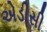
એડીસી